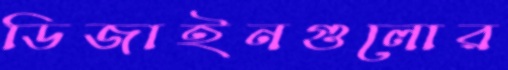
ডিজাইনগুলোর